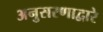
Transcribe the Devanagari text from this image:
अनुसरणाद्वारे